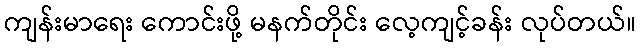
ကျန်းမာရေး ကောင်းဖို့ မနက်တိုင်း လေ့ကျင့်ခန်း လုပ်တယ်။